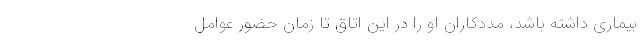
بیماری داشته باشد، مددکاران او را در این اتاق تا زمان حضور عوامل